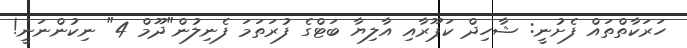
ހަރަކާތްތައް ފެށުނީ: ޝާހިދް ކަޕޫރާއި އާލިޔާ ބަޓްގެ ފުރަތަމަ ފެނިލުން"ދޫމް 4" ނިކުންނަނީ!